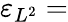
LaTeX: \varepsilon_{L^{2}}=